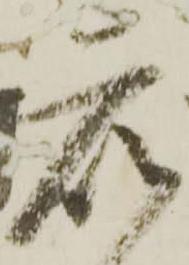
衆